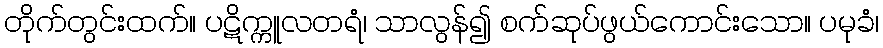
တိုက်တွင်းထက်။ ပဋိက္ကူလတရံ၊ သာလွန်၍ စက်ဆုပ်ဖွယ်ကောင်းသော။ ပမုခံ၊